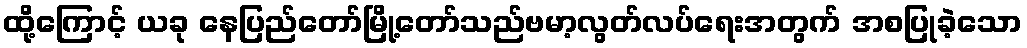
ထို့ကြောင့် ယခု နေပြည်တော်မြို့တော်သည်ဗမာ့လွတ်လပ်ရေးအတွက် အစပြုခဲ့သော